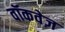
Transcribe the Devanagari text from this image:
वॉकवेज़